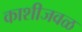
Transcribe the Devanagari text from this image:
काशीजवळ